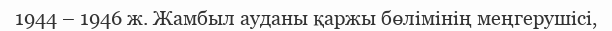
1944 – 1946 ж. Жамбыл ауданы қаржы бөлімінің меңгерушісі,